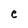
Character: e